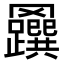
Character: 𦍅